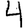
Digit: 4